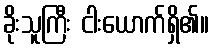
ခိုးသူကြီး ငါးယောက်ရှိ၏။